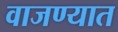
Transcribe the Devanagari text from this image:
वाजण्यात